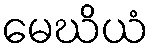
မေဃိယံ